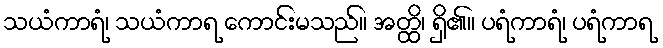
သယံကာရံ၊ သယံကာရ ကောင်းမသည်။ အတ္ထိ၊ ရှိ၏။ ပရံကာရံ၊ ပရံကာရ